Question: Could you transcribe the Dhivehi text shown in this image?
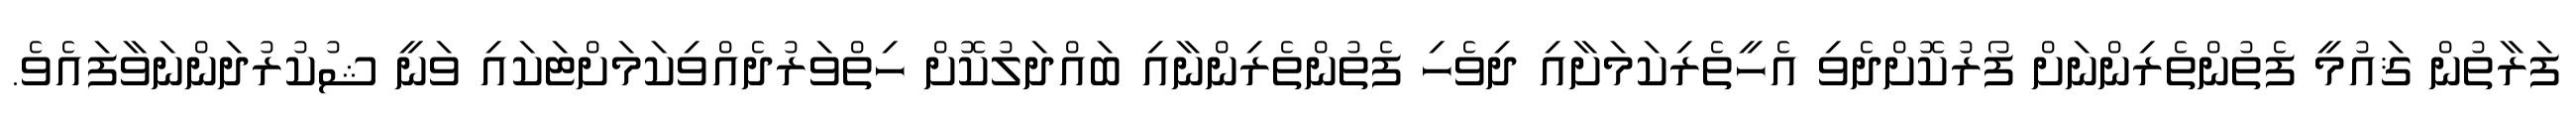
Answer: ފަރާތުން ޤައުމީ ފެތުންތެރިންނަށް ފޯރުކޮށްދެވި އެހީތެރިކަމަށާއި ދިވެހި ފެތުންތެރިންނާއި ބައްދަލުކޮށް ހިތްވަރުދެއްވިކަމަށްޓަކައި ވަނީ ޝުކުރުދަންނަވާފައެވެ.